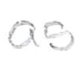
Text: as
Cross-out: clean
Writing tool: pencil